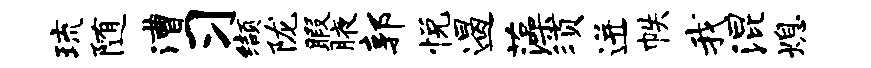
琉随漕习缬陇暇腋郭悦遏藻须迸帙我混熄